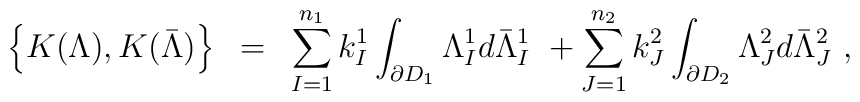
\left \{K(\Lambda),K(\bar {\Lambda}) \right \}~=~ \sum_{I=1}^{n_1}k^1_I\int_{\partial D_1}\Lambda^1_Id\bar {\Lambda}^1_I~+\sum_{J=1}^{n_2} k^2_J\int_{\partial D_2}\Lambda ^2_Jd \bar {\Lambda}^2_J~,